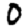
Digit: 0